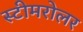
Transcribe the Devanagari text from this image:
स्टीमरोलर